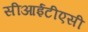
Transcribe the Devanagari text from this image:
सीआईटीएसी